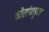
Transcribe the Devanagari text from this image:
चोरांकडून